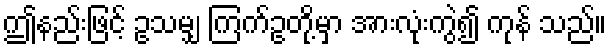
ဤနည်းဖြင့် ဥသမျှ ကြက်ဥတို့မှာ အားလုံးကွဲ၍ ကုန် သည်။